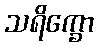
သရိက္ခော